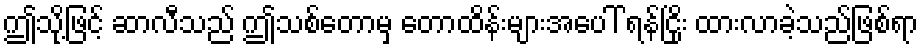
ဤသို့ဖြင့် ဆာလီသည် ဤသစ်တောမှ တောထိန်းများအပေါ် ရန်ငြိုး ထားလာခဲ့သည်ဖြစ်ရာ